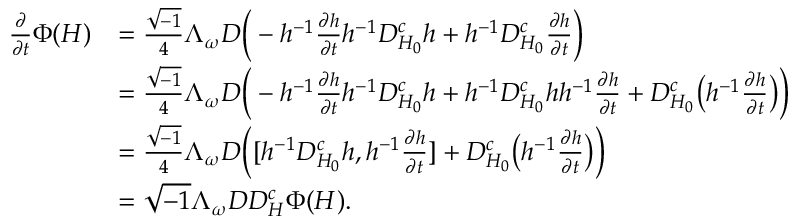
\begin{array} { r l } { \frac { \partial } { \partial t } \Phi ( H ) } & { = \frac { \sqrt { - 1 } } { 4 } \Lambda _ { \omega } D \bigg ( - h ^ { - 1 } \frac { \partial h } { \partial t } h ^ { - 1 } D _ { H _ { 0 } } ^ { c } h + h ^ { - 1 } D _ { H _ { 0 } } ^ { c } \frac { \partial h } { \partial t } \bigg ) } \\ & { = \frac { \sqrt { - 1 } } { 4 } \Lambda _ { \omega } D \bigg ( - h ^ { - 1 } \frac { \partial h } { \partial t } h ^ { - 1 } D _ { H _ { 0 } } ^ { c } h + h ^ { - 1 } D _ { H _ { 0 } } ^ { c } h h ^ { - 1 } \frac { \partial h } { \partial t } + D _ { H _ { 0 } } ^ { c } \big ( h ^ { - 1 } \frac { \partial h } { \partial t } \big ) \bigg ) } \\ & { = \frac { \sqrt { - 1 } } { 4 } \Lambda _ { \omega } D \bigg ( [ h ^ { - 1 } D _ { H _ { 0 } } ^ { c } h , h ^ { - 1 } \frac { \partial h } { \partial t } ] + D _ { H _ { 0 } } ^ { c } \big ( h ^ { - 1 } \frac { \partial h } { \partial t } \big ) \bigg ) } \\ & { = \sqrt { - 1 } \Lambda _ { \omega } D D _ { H } ^ { c } \Phi ( H ) . } \end{array}